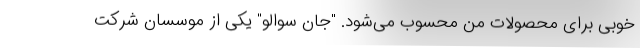
خوبی برای محصولات من محسوب می‌شود. "جان سوالو" یکی از موسسان شرکت